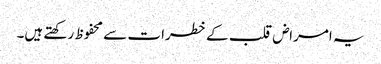
یہ امراض قلب کے خطرات سے محفوظ رکھتے ہیں۔